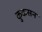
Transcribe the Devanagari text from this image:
कुकसन